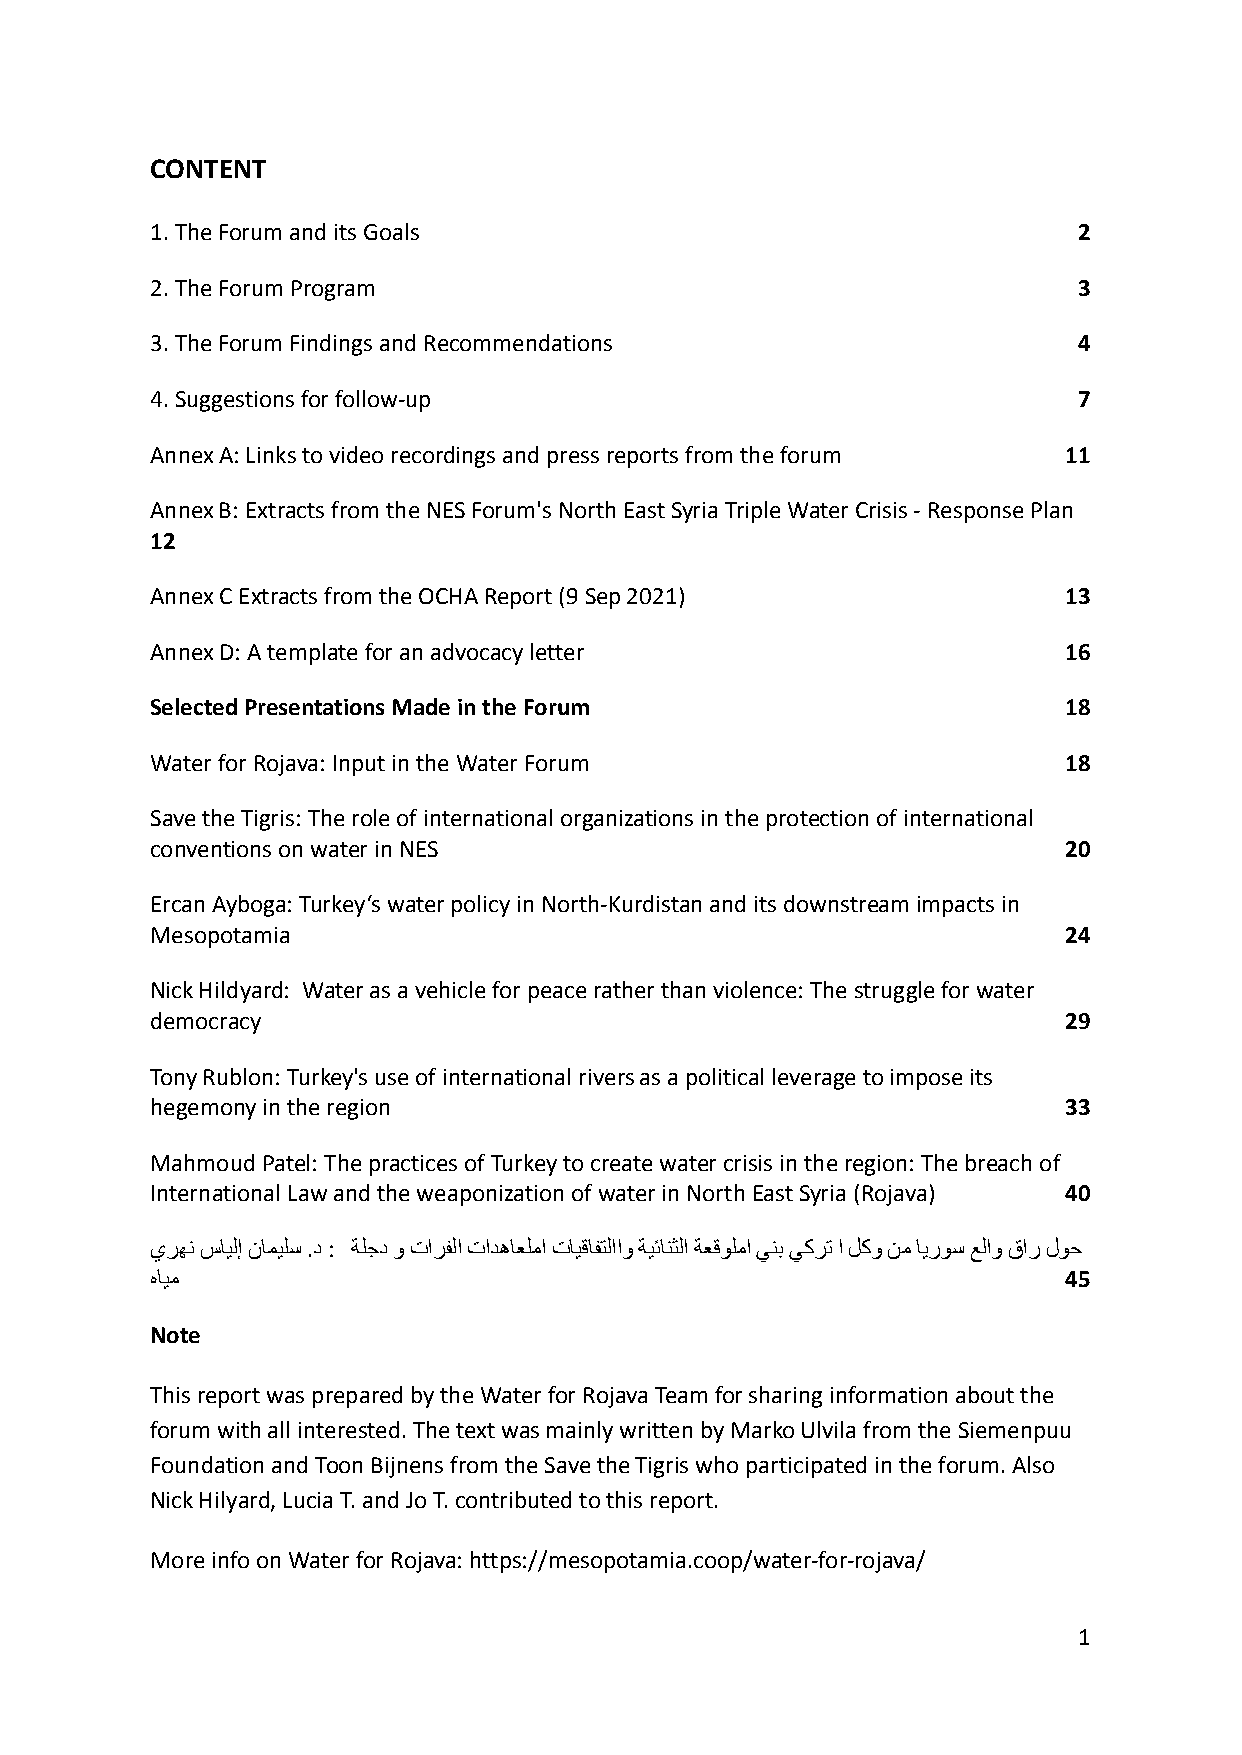
CONTENT
 1. The Forum and its Goals                                   2
 2. The Forum Program                                         3
 3. The Forum Findings and Recommendations                    4
 4. Suggestions for follow-up                                 7
 Annex A: Links to video recordings and press reports from the forum 11
 Annex B: Extracts from the NES Forum's North East Syria Triple Water Crisis - Response Plan
 12
 Annex C Extracts from the OCHA Report (9 Sep 2021)          13
 Annex D: A template for an advocacy letter                  16
 Selected Presentations Made in the Forum                    18
 Water for Rojava: Input in the Water Forum                  18
 Save the Tigris: The role of international organizations in the protection of international
 conventions on water in NES                                 20
 Ercan Ayboga: Turkey‘s water policy in North-Kurdistan and its downstream impacts in
 Mesopotamia                                                 24
 Nick Hildyard: Water as a vehicle for peace rather than violence: The struggle for water
 democracy                                                   29
 Tony Rublon: Turkey's use of international rivers as a political leverage to impose its
 hegemony in the region                                      33
 Mahmoud Patel: The practices of Turkey to create water crisis in the region: The breach of
 International Law and the weaponization of water in North East Syria (Rojava) 40
 يرﮭﻧسﺎﯾﻟإنﺎﻣﯾﻠﺳ.د: ﺔﻠﺟدوتارﻔﻟاتادھﺎﻌﻠﻣاتﺎﯾﻗﺎﻔﺗﻟااوﺔﯾﺋﺎﻧﺛﻟاﺔﻌﻗوﻠﻣاﻲﻧﺑﻲﻛرﺗالﻛونﻣﺎﯾروﺳﻊﻟاوقارلوﺣ
 هﺎﯾﻣ                                                        45
 Note
 This report was prepared by the Water for Rojava Team for sharing information about the
 forum with all interested. The text was mainly written by Marko Ulvila from the Siemenpuu
 Foundation and Toon Bijnens from the Save the Tigris who participated in the forum. Also
 Nick Hilyard, Lucia T. and Jo T. contributed to this report.
 More info on Water for Rojava: https://mesopotamia.coop/water-for-rojava/
 1